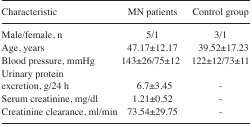
<table><thead><tr><td><b>Characteristic</b></td><td><b>MN patients</b></td><td><b>Control group</b></td></tr></thead><tbody><tr><td>Male/female, n</td><td>5/1</td><td>3/1</td></tr><tr><td>Age, years</td><td>47.17±12.17</td><td>39.52±17.23</td></tr><tr><td>Blood pressure, mmHg</td><td>143±26/75±12</td><td>122±12/73±11</td></tr><tr><td>Urinary protein excretion, g/24 h</td><td>6.7±3.45</td><td>-</td></tr><tr><td>Serum creatinine, mg/dl</td><td>1.21±0.52</td><td>-</td></tr><tr><td>Creatinine clearance, ml/min</td><td>73.54±29.75</td><td>-</td></tr></tbody></table>